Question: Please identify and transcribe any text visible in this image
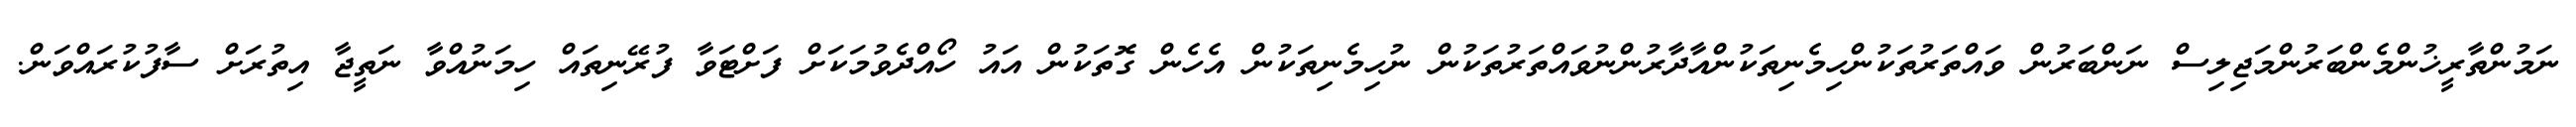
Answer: ނަމުންތާރީޚުންމެންބަރުންމަޖިލިސް ނަންބަރުން ވައްތަރުތަކުންހިމެނިތަކުންއާދާރުންނުވައްތަރުތަކުން ނުހިމެނިތަކުން އެހެން ގޮތަކުން އައު ހޯއްދެވުމަކަށް ފަށްޓަވާ ފުރޭނިތައް ހިމަނުއްވާ ނަތީޖާ އިތުރަށް ސާފުކުރައްވަން.